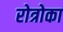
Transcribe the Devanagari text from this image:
रोत्रोका